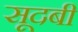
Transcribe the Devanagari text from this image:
सूदबी